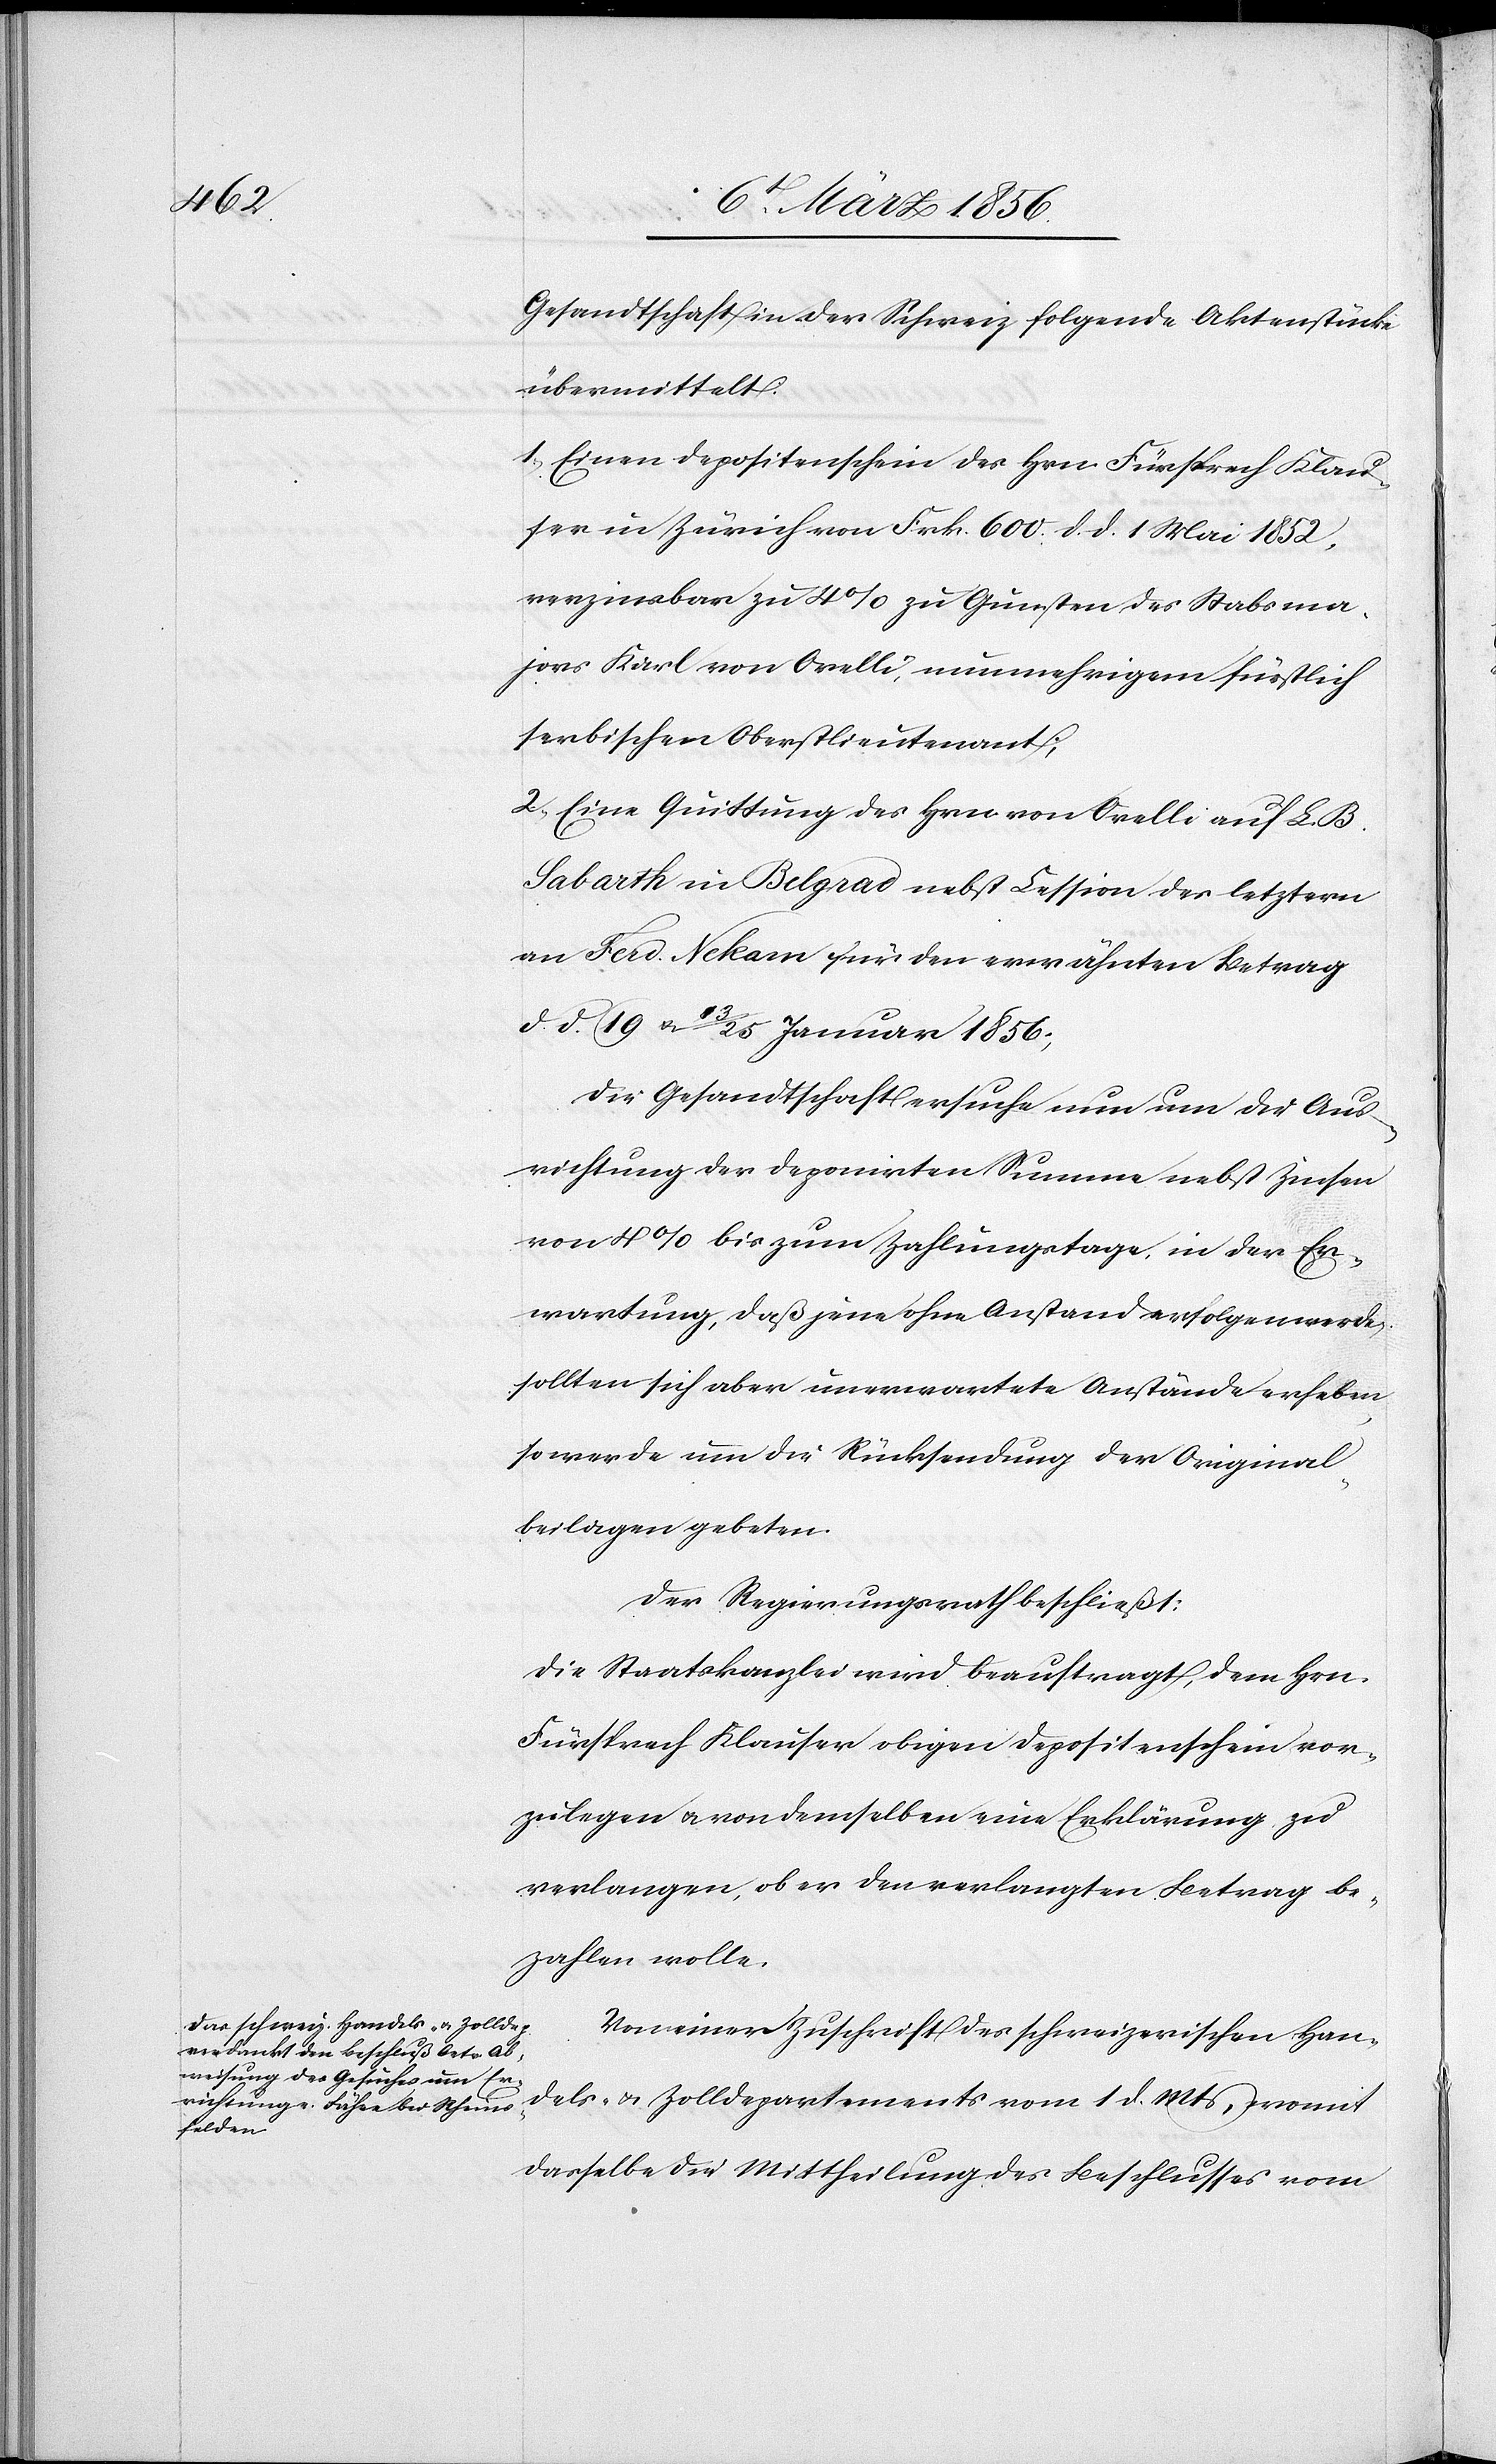
Gesandtschaft der Schweiz folgende Aktenstücke
übermittelt:
1., Einen Depositenschein des Hrn Fürsprech Klau¬
ser in Zürich von Frk. 600. d. d. 1 Mai 1852,
verzinsbar zu 4% zu Gunsten des Stabsma¬
jors Karl von Orelli, nunmehrigem fürstlich
serbischen Oberstlieutenant;
2., Eine Quittung des Hrn von Orelli auf L. B.
Sabarth in Belgrad nebst Cession der letztern
an Ferd. Nekam für den erwähnten Betrag
d. d. 19 u. 3/25 Januar 1856;
die Gesandtschaft ersuche nun um die Aus¬
richtung der deponirten Summe nebst Zinsen
von 4% bis zum Zahlungstage, in der Er¬
wartung, daß jene ohne Anstand erfolgen werde,
sollten sich aber unerwartete Anstände erheben,
so werde um die Rücksendung der Original¬
beilagen gebeten.
Der Regierungsrath beschließt:
Die Staatskanzlei wird beauftragt, dem Hrn.
Fürsprech Klauser obigen Depositenschein vor¬
zulegen u. von demselben eine Erklärung zu
verlangen, ob er den verlangten Betrag be¬
zahlen wolle.
Von einer Zuschrift des schweizerischen Han¬
dels- u. Zolldepartements vom 1 d. Mts, womit
dasselbe die Mittheilung des Beschlusses vom